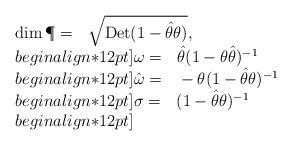
LaTeX: \begin{align*}\begin{array}{l}\mbox{\rm dim}\,\P= ~~\sqrt{{\rm Det}(1 - \hat\theta\theta)},\\begin{align*}12pt]\omega = ~~\hat\theta ( 1 - \theta\hat\theta)^{-1} \\begin{align*}12pt]\hat{\omega} = ~~- \theta ( 1 - \hat\theta\theta)^{-1}\\begin{align*}12pt]\sigma = ~~( 1 - \hat\theta\theta)^{-1}\\begin{align*}12pt]\end{array}\end{align*}